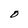
Character: O